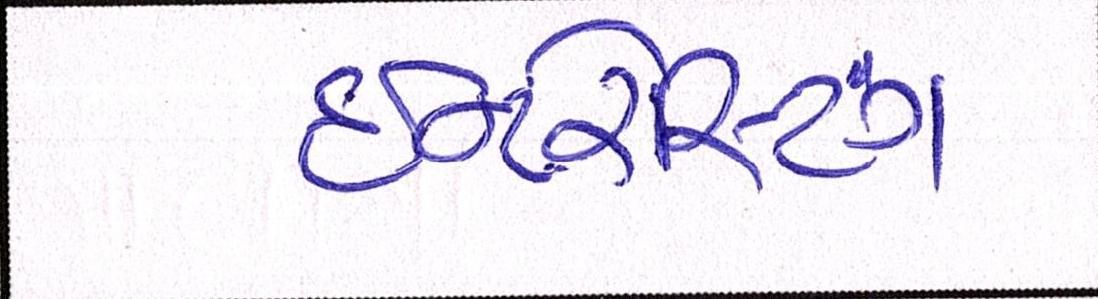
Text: ઇન્ટરેસ્ટિંગ